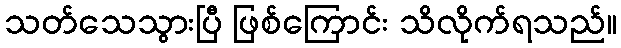
သတ်သေသွားပြီ ဖြစ်ကြောင်း သိလိုက်ရသည်။